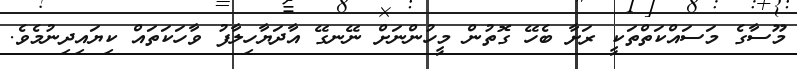
މޫސާގެ މަސައްކަތްތަކީ ރަށާ ބެހޭ ގޮތުން މީހުންނަށް ނޭނގޭ އާދަޔާހިލާފު ވާހަކަތައް ކިޔައިދިނުމެވެ.